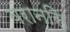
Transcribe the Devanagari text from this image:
वरानसि